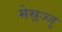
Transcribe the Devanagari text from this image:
मेस्र्रज्जु